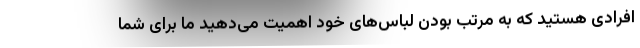
افرادی هستید که به مرتب بودن لباس‌های خود اهمیت می‌دهید ما برای شما